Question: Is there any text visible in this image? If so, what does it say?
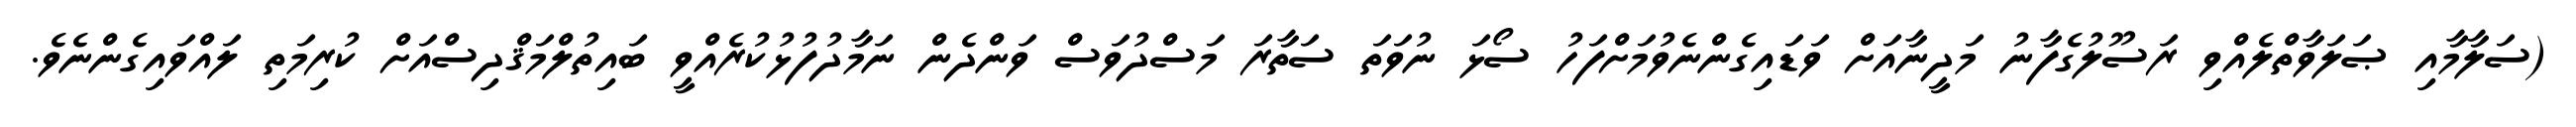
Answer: (ސަލާމާއި ޞަލަވާތްލެއްވި ރަސޫލުގެފާނު މަދީނާއަށް ވަޑައިގެންނެވުމަށްފަހު ސޯޅަ ނުވަތަ ސަތާރަ މަސްދުވަސް ވަންދެން ނަމާދުފުޅުކުރެއްވީ ބައިތުލްމަޤްދިސްއަށް ކުރިމަތި ލައްވައިގެންނެވެ.